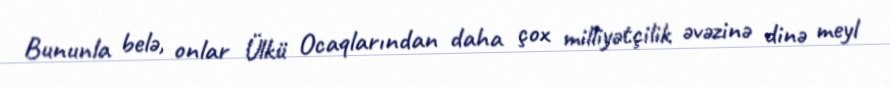
Bununla belə, onlar Ülkü Ocaqlarından daha çox milliyətçilik əvəzinə dinə meyl